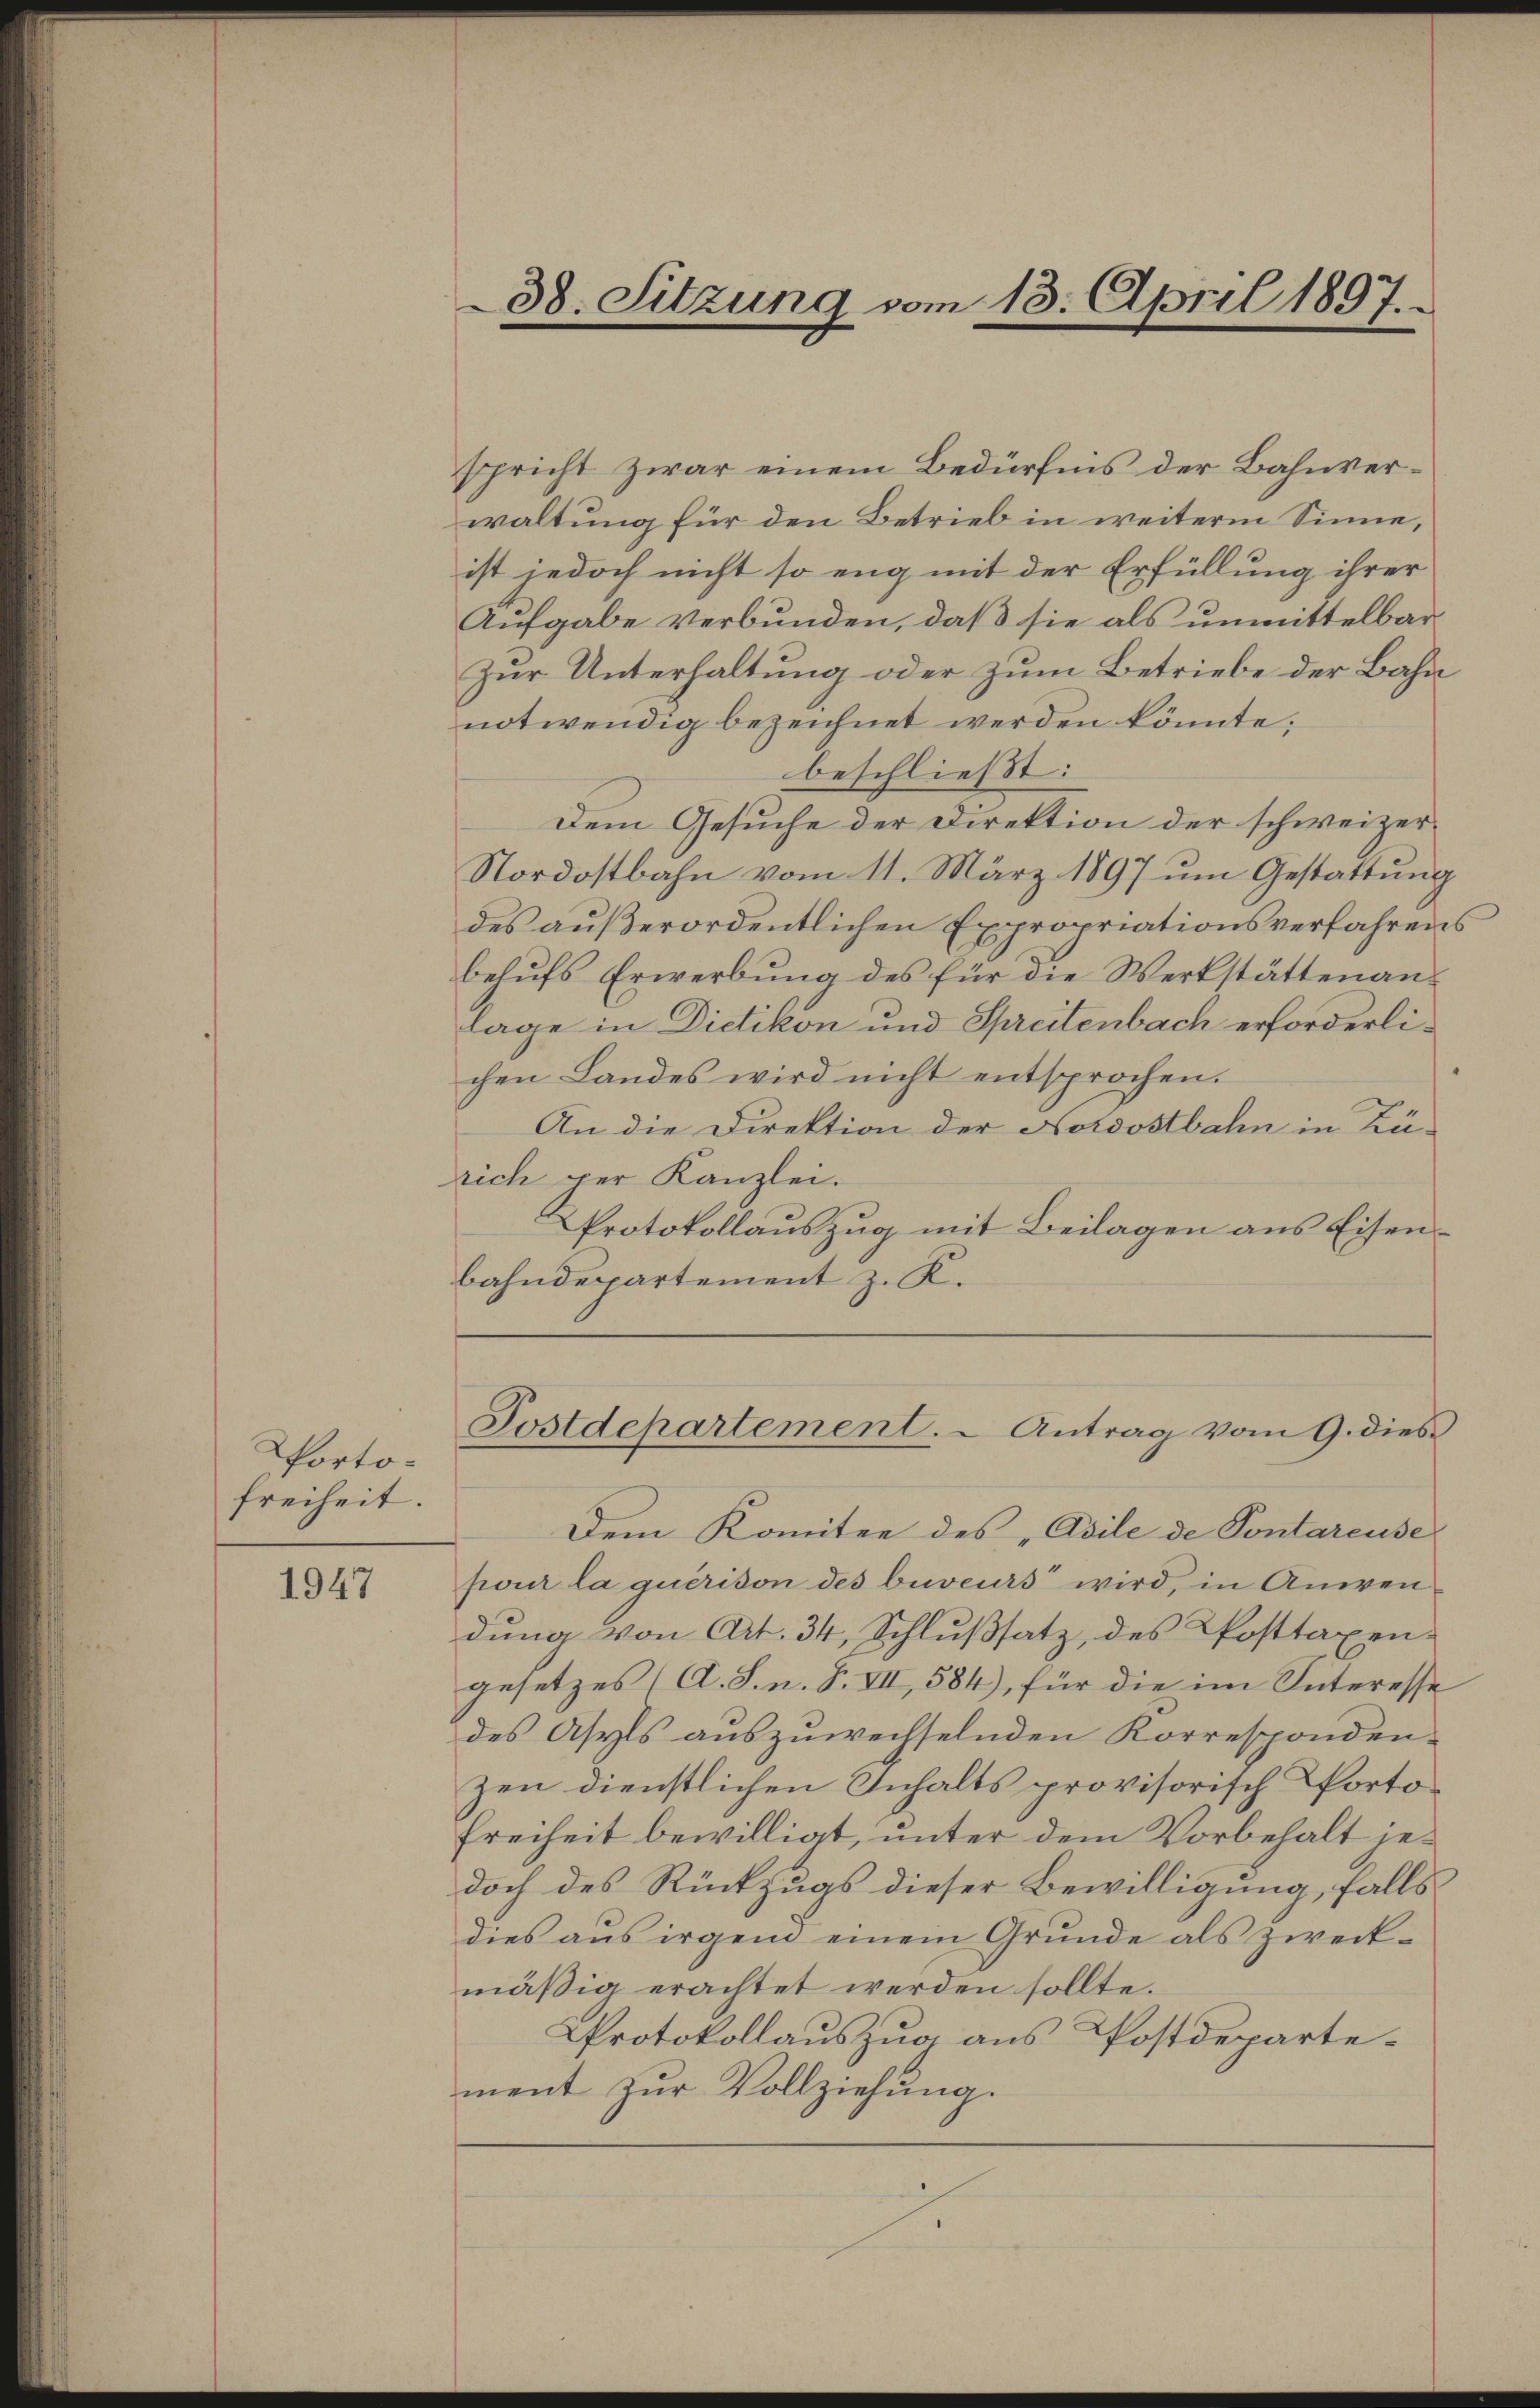
Portofreiheit.

1947

bahndepartement z. K.

38. Sitzung vom 18. April 1897.

spricht zwar einem Bedürfnis der Bahnverwaltung für den Betrieb in weiterm Sinne,
ist jedoch nicht so eng mit der Erfüllung ihrer
Aufgabe verbunden, daß sie als unmittelbar
Zur Unterhaltung oder zum Betriebe der Bahn
notwendig bezeichnet werden könnte;
beschließt:
Dem Gesuche der Direktion der schweizer¬
Nordostbahn vom 11. März 1897 um Gestattung
des außerordentlichen Expropriationsverfahrens
behufs Erwerbung des für die Werkstättenanlage in Dietikon und Spreitenbach erforderlichen Landes wird nicht entsprochen.
An die Direktion der Nordostbahn in Zürich per Kanzlei.
Protokollauszug mit Beilagen aus Eisen¬
Postdepartement. - Antrag vom 9. dies
Dem Komitee des „Avile de Pontareuse
pour la quérison des beweurs wird, in Anwendung von Art. 34, Schlußsatz, des Posttaxengesetzes (A. S. n. F. VII, 584), für die im Interesse
des Asyls auszuwechselnden Korrespondenzen dienstlichen Inhalts provisorisch Porto¬
Freiheit bewilligt, unter dem Vorbehalt jedoch des Rückzugs dieser Bewilligung, falls
dies aus irgen einem Grŭnde als zweck-
mäßig erachtet werden sollte.
Protokollauszug aus Postdepartement zur Vollziehung.